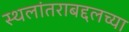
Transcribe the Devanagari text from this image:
स्थलांतराबद्दलच्या